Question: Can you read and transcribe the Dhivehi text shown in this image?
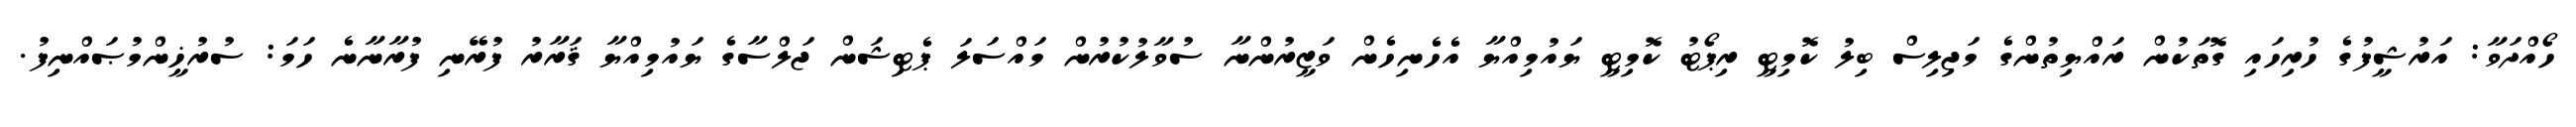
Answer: ހޯއްދަވާ: އަރުޝީފުގެ ހުރިހައި ގޮތަކުން ރައްޔިތުންގެ މަޖިލިސް ބިލު ކޮމިޓީ ރިޕޯޓު ކޮމިޓީ ޔައުމިއްޔާ އެހެނިހެން ވަޒީރުންނާ ސުވާލުކުރުން މައްސަލަ ޕެޓިޝަން ޖަލްސާގެ ޔައުމިއްޔާ ޤަރާރު ފުރޭނި ފުރާނާނެ ހަމަ: ސުރުޚީންމުޞައްނިފު.